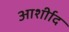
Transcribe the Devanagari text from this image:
आर्शीाद